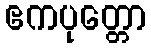
ဧကပုတ္တော